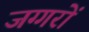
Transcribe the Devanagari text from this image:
जग्गरों